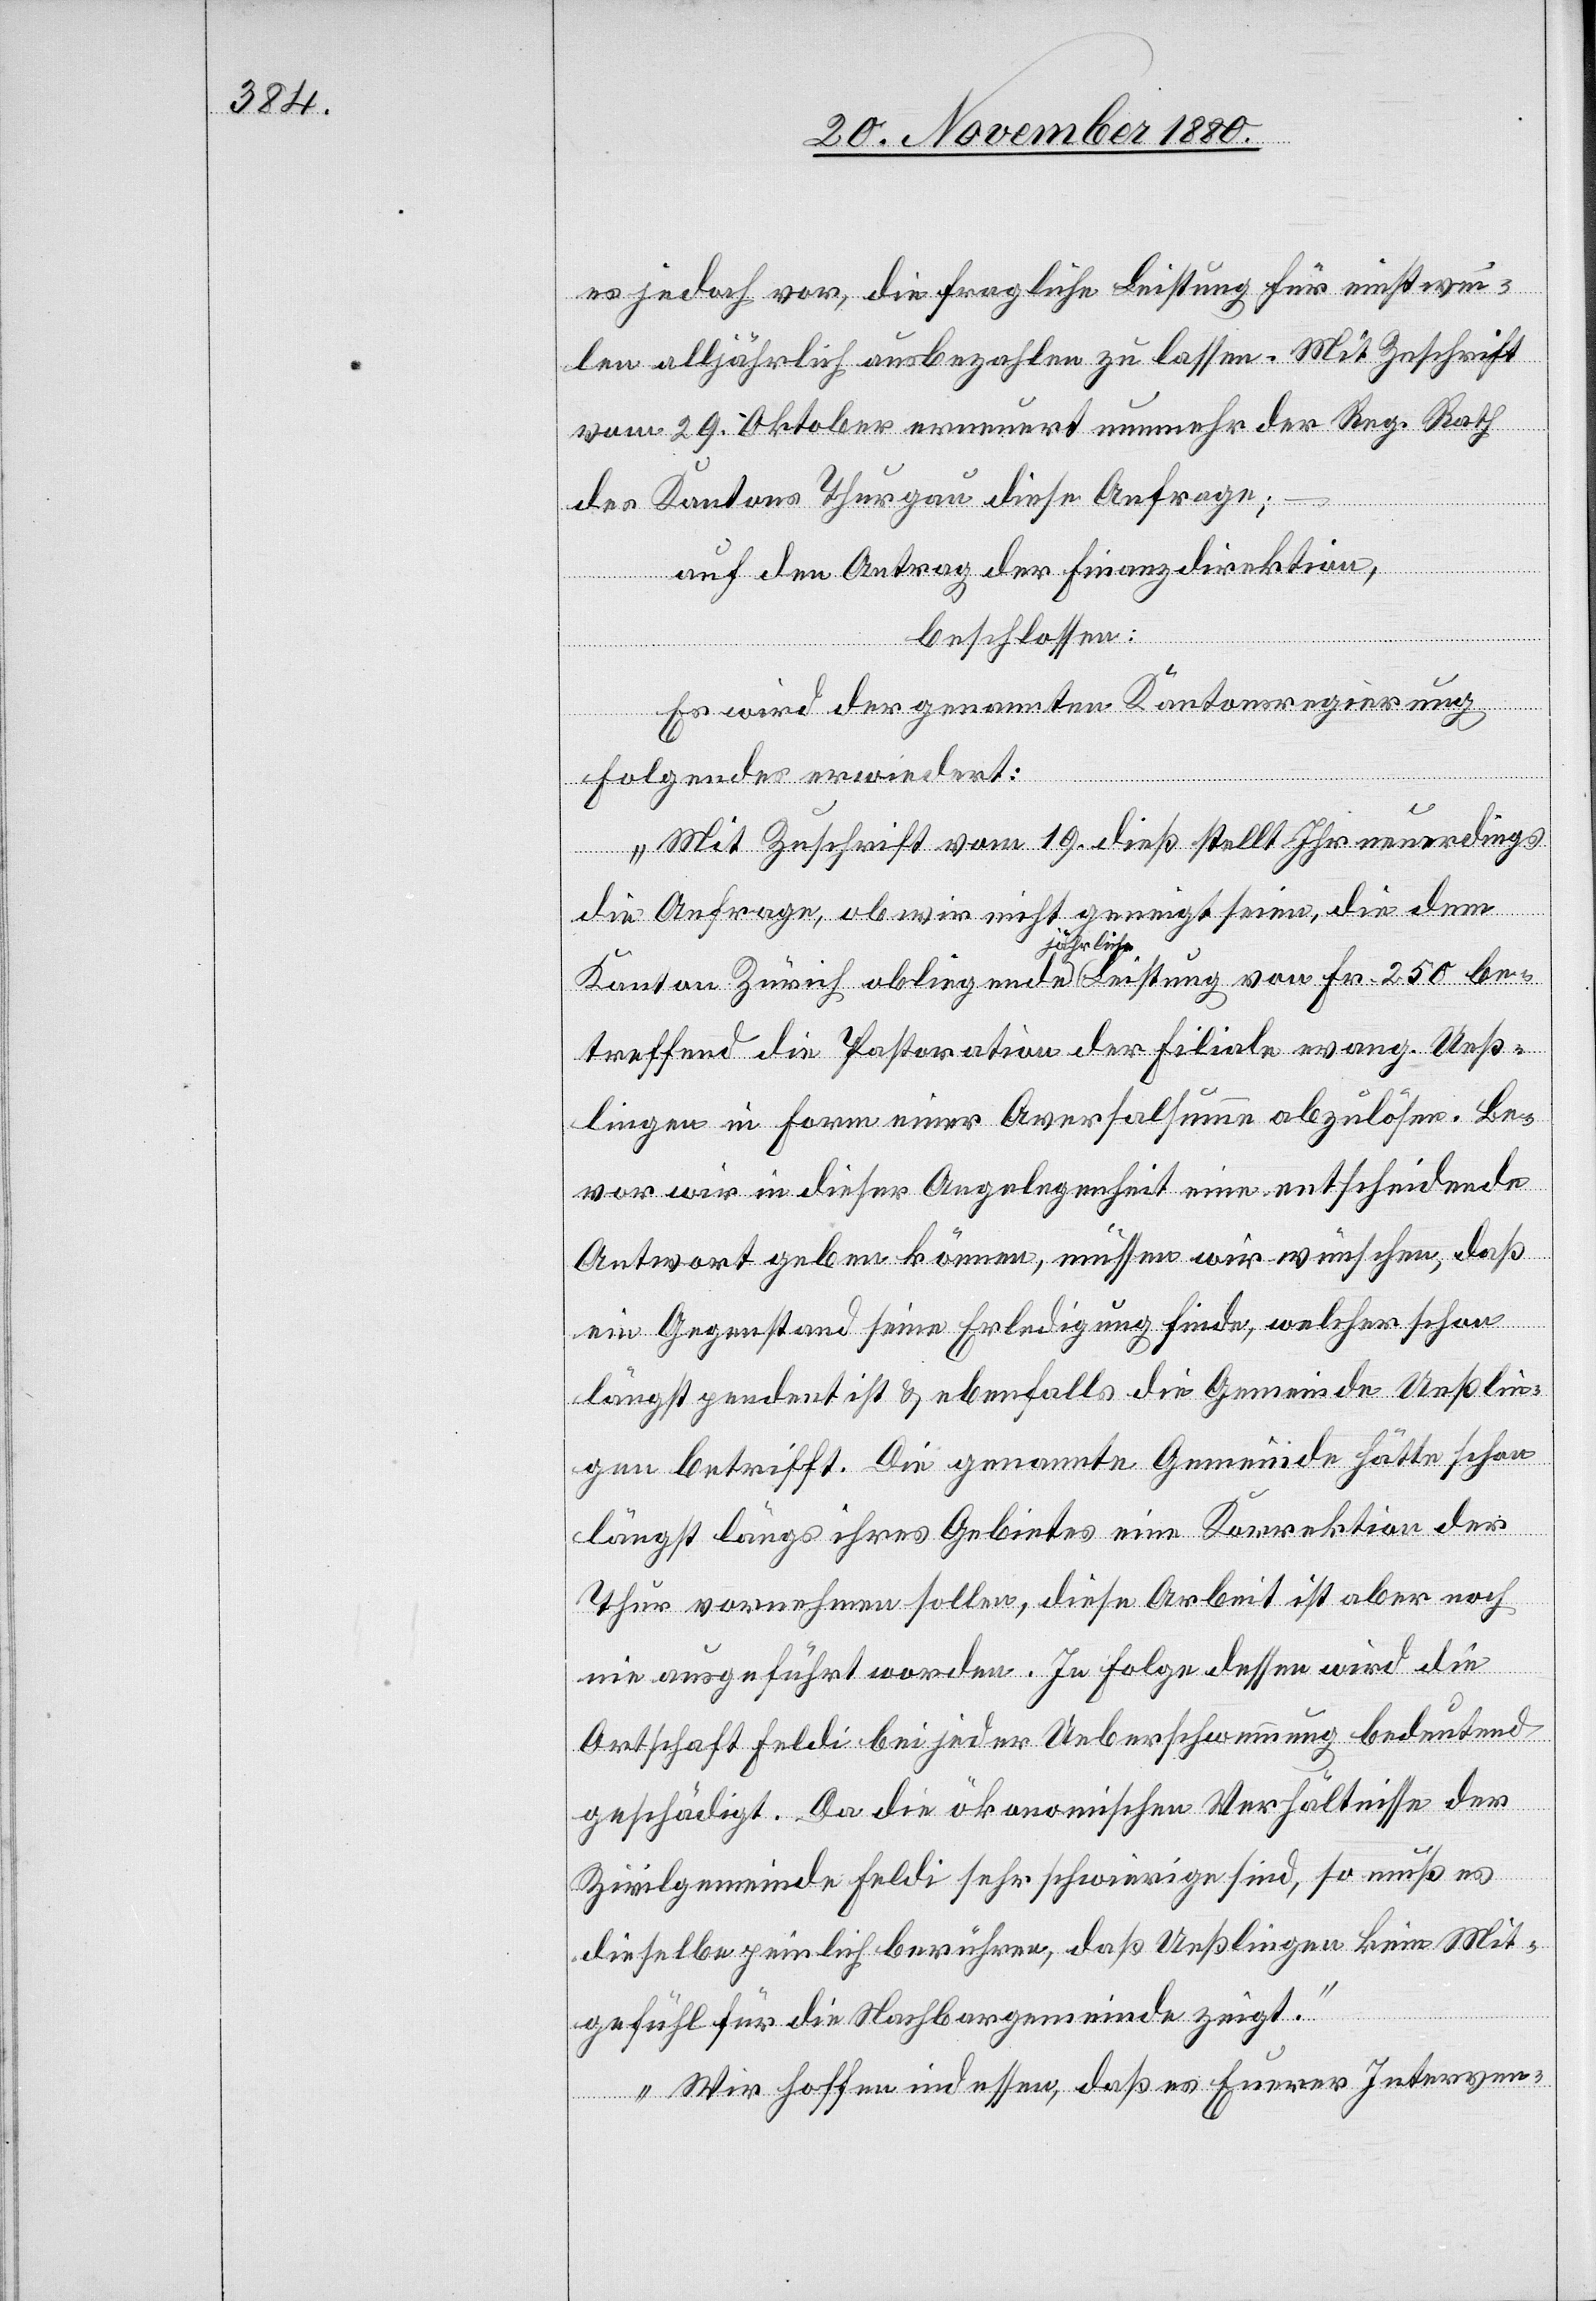
es jedoch vor, die fragliche Leistung für einstwei¬
len alljährlich ausbezahlen zu lassen. Mit Zuschrift
vom 29. Oktober erneuert nunmehr der Reg. Rath
des Kantons Thurgau diese Anfrage;
auf den Antrag der Finanzdirektion,
beschlossen:
Es wird der genannten Kantonsregierung
Folgendes erwidert:
„Mit Zuschrift vom 19. dieß stellt Ihr neuerdings
die Anfrage, ob wir nicht geneigt seien, die dem
Kanton Zürich obliegende jährliche Leistung von Fr. 250 be¬
treffend die Pastoration der Filiale evang. Ueß¬
lingen in Form einer Aversalsumme abzulösen. Be¬
vor wir in dieser Angelegenheit eine entscheidende
Antwort geben können, müssen wir wünschen, daß
ein Gegenstand seine Erledigung finde, welcher schon
längst pendent ist & ebenfalls die Gemeinde Ueßlin¬
gen betrifft. Die genannte Gemeinde hätte schon
längst längs ihres Gebietes eine Korrektion der
Thur vornehmen sollen, diese Arbeit ist aber noch
nie ausgeführt worden. In Folge dessen wird die
Ortschaft Feldi bei jeder Ueberschwemmung bedeutend
geschädigt. Da die ökonomischen Verhältnisse der
Zivilgemeinde Feldi sehr schwierige sind, so muß es
dieselbe peinlich berühren, daß Ueßlingen kein Mit¬
gefühl für die Nachbargemeinde zeigt.
Wir hoffen indessen, daß es Euerer Interven-